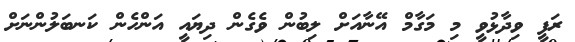
ރަފީ ވިދާޅުވީ މި މަގާމް އޭނާއަށް ލިބުން ވެގެން ދިޔައީ އަންހެން ކަނބަލުންނަށް